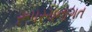
રૂપરચનાગત